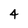
Character: 4